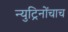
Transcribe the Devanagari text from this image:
न्युट्रिनोंचाच